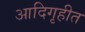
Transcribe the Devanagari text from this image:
आदिगृहीत